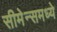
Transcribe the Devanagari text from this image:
सीमेन्समध्ये